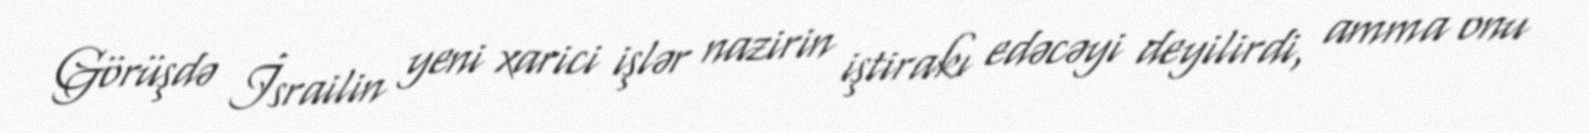
Görüşdə İsrailin yeni xarici işlər nazirin iştirakı edəcəyi deyilirdi, amma onu